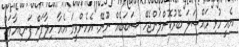
އެއީ މުޅި މައްސަލަ ބޭރުކޮށްލަންޖެހޭ ސަބަބެއް ނޫނޭ. އެހެންވީމަ އެއާ ހިލާފަށް ފަނޑިޔާރަކު